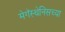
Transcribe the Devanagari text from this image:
मेगॅस्थेनिसच्या